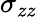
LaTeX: \sigma_{zz}